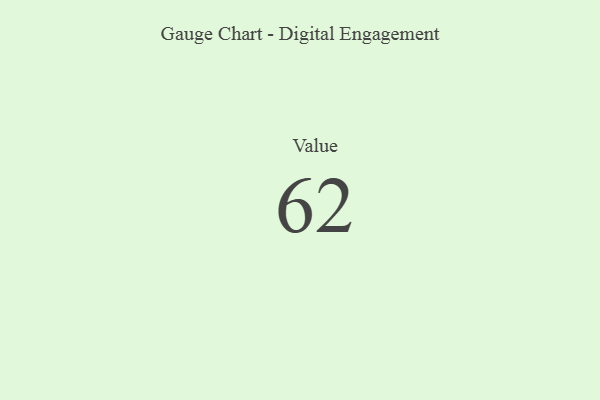
{"axis": {"x": "Metric", "y": "Value"}, "legend": [""], "data": [{"x": "Value", "y": 62, "type": ""}]}